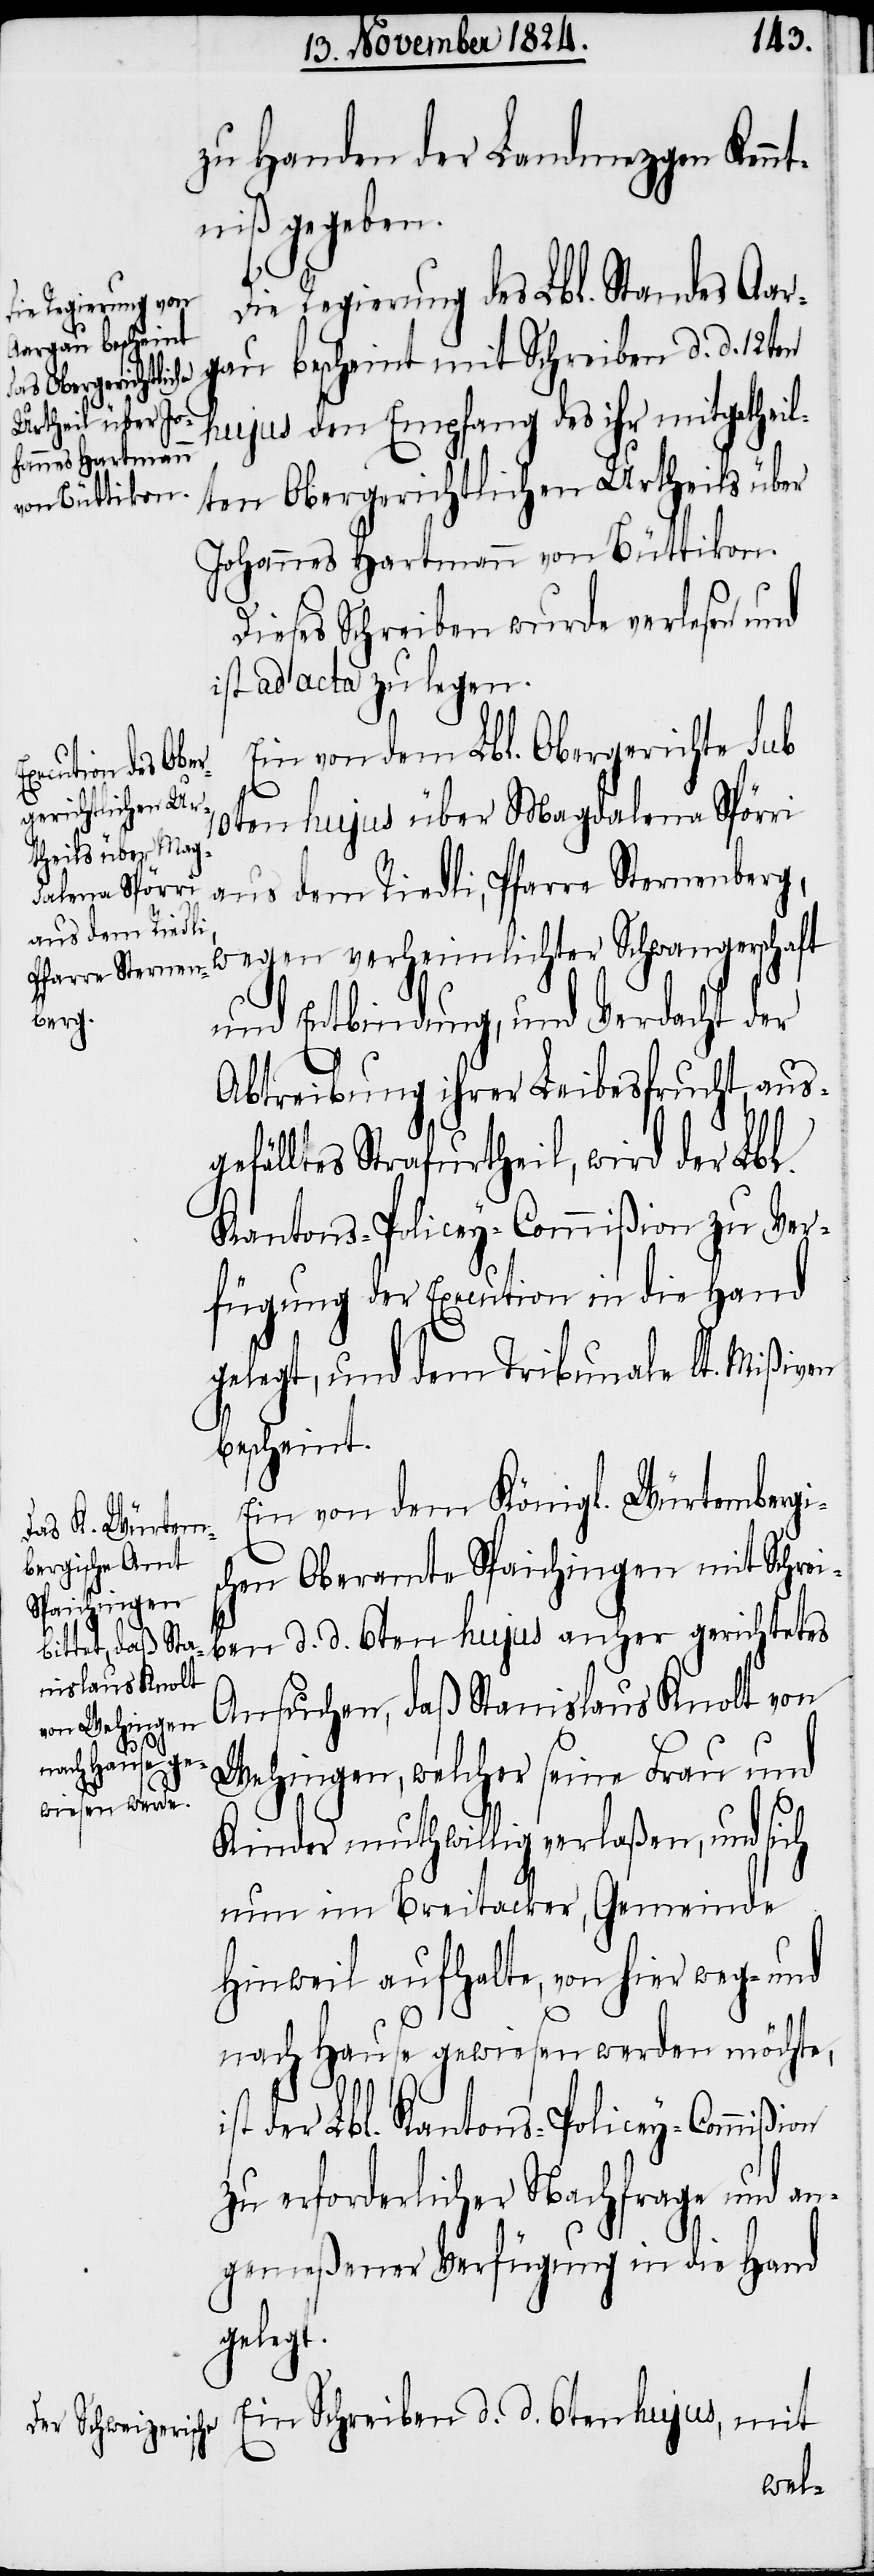
zu Handen der Landmezgen Kennt¬
niß gegeben.
Die Regierung des Lbl. Standes Aar¬
gau bescheint mit Schreiben d. d. 12ten
hujus den Empfang des ihr mitgetheil¬
ten Obergerichtlichen Urtheils über
Johannes Hartmann von Büttikon.
Dieses Schreiben wurde verlesen und
ist ad acta zu legen.
Ein von dem Lbl. Obergerichte sub
10teh hujus über Magdalena Spörri
aus dem Riedli, Pfarre Sternenberg,
wegen verheimlichter Schwangerschaft
und Entbindung, und Verdacht der
Abtreibung ihrer Leibesfrucht, aus¬
gefälltes Strafurtheil, wird der Lbl.
Kantons-Policey-Commißion zu Ver¬
fügung der Execution in die Hand
gelegt, und dem Tribunale lt. Mißiven
bescheint.
Ein von dem Königl. Würtembergi¬
schen Oberamte Spaichingen mit Schrei¬
ben d. d. 6ten hujus anher gerichtetes
Ansuchen, daß Stanislaus Knolt von
Welzingen, welcher seine Frau und
d.
Kinder muthwillig verlaßen, und sich
nun im Breitacker, Gemeinde
Hinweil aufhalte, von hier weg- und
nach Hause gewiesen werden möchte,
ist der Lbl. Kantons-Policey-Commißion
zu erforderlicher Nachfrage und an¬
gemeßener Verfügung in die Hand
gelegt.